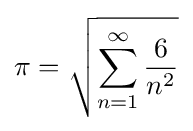
\pi ={\sqrt {\sum _{n=1}^{\infty }{\frac {6}{n^{2}}}}}